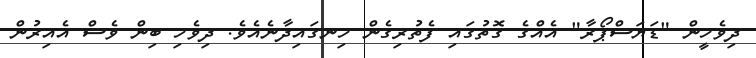
ދިވެހީން "ޑަޔަސްޕޯރާ" އެއްގެ ގޮތުގައި ފެތުރިގެން ހިނގައިދާނެއެވެ. ދިވެހި ބިން ވެސް އެއިރުން